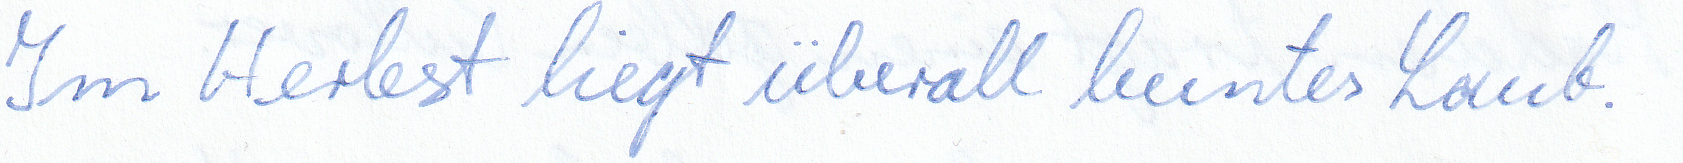
Im Herbst liegt überall buntes Laub.